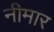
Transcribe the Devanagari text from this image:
नीमार